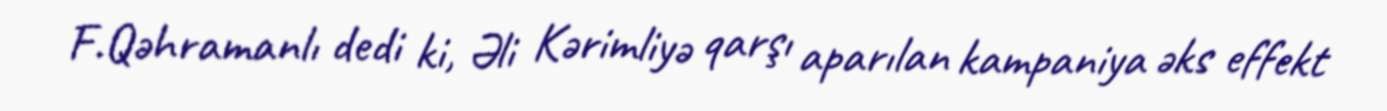
F.Qəhramanlı dedi ki, Əli Kərimliyə qarşı aparılan kampaniya əks effekt